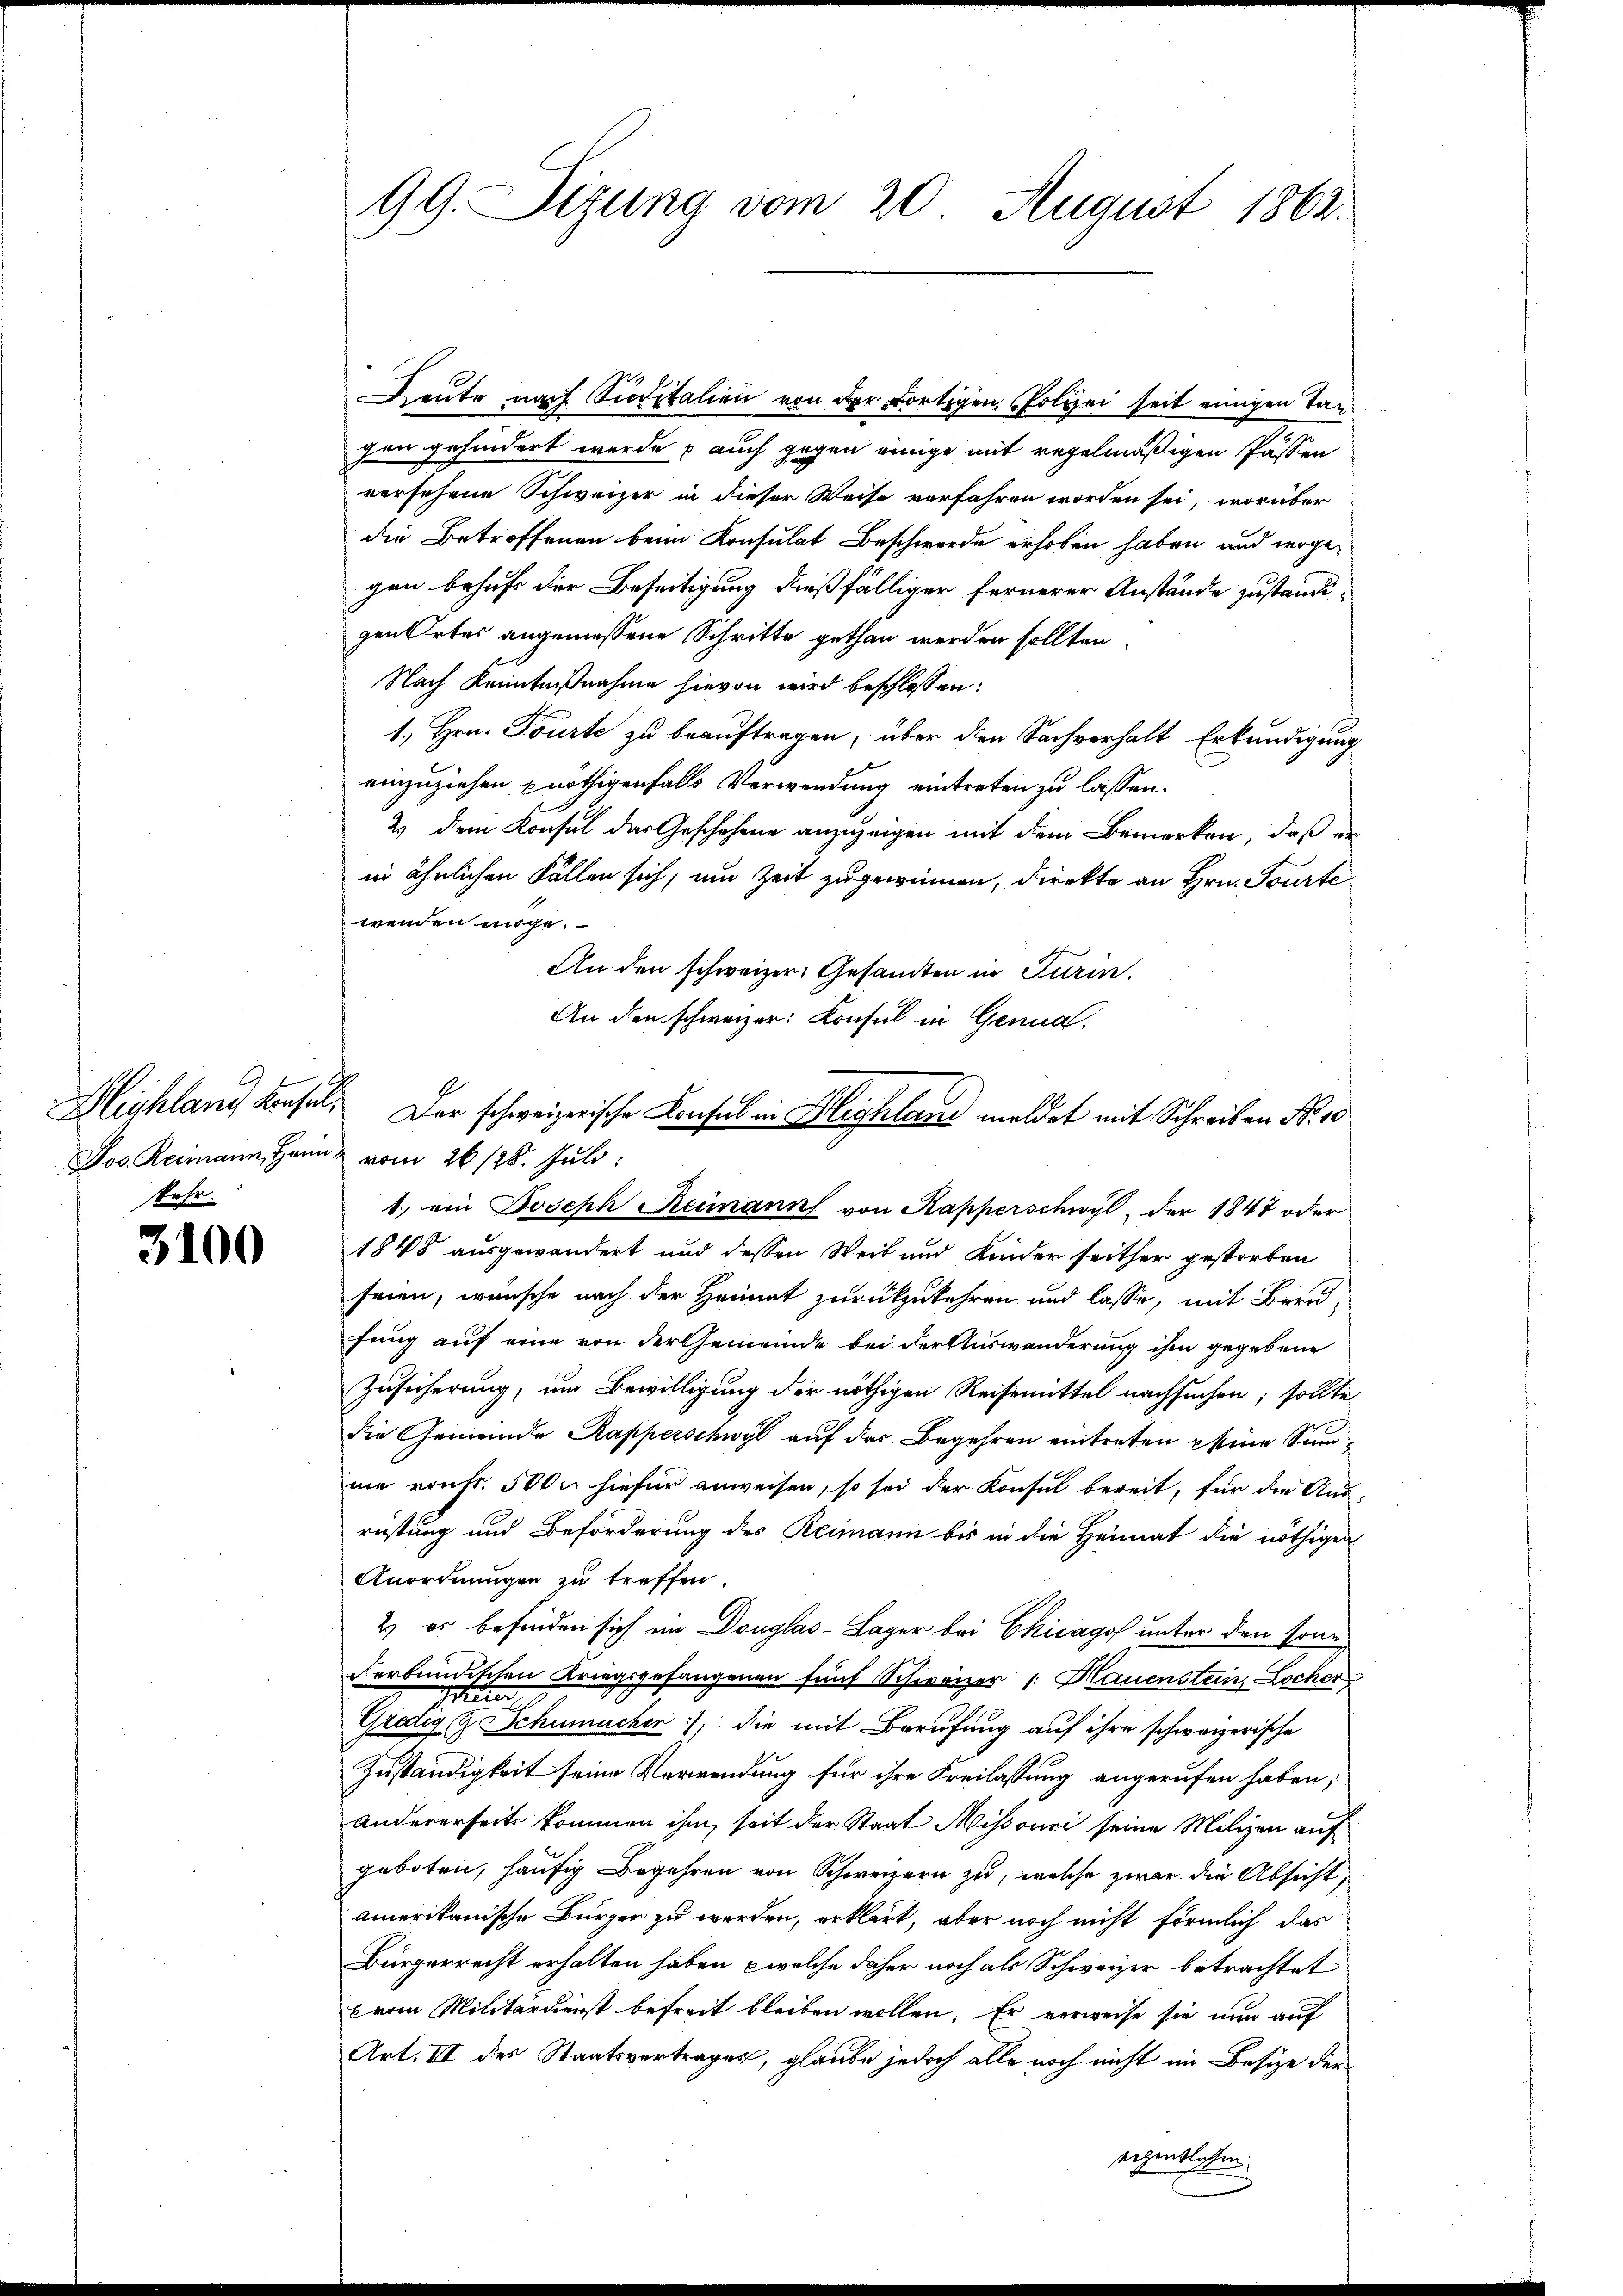
s
Highlang konsul,
Jos. Reimann, Hand vom 26/28. Juli:
skehr.

3100

99. Sizung vom 20. August 1862.

Heute nach Siditalien von der Fortigen Polizei seit einigen Tag
hen gehindert wurde auch gegen einige mit regelmäßigen Passen
versehene Schweizer in dieser Weise verfahren worden sei, worüber
die Betroffenen beim Konsulat Beschwerde erhoben haben und wogegen behufs der Beseitigung dießfälliger fernerer Anstände zuständigen Ortes angemessene Schritte gethan werden sollten.
Nach Kenntnißnahme hievon wird beschlossen:
1, Hrn. Tourte zu beauftragen, über den Sachverhalt Erkundigung
einzuziehen nöthigenfalls Verwendung eintreten zu lassen.
2) dem Konsul das Geschehene anzuzeigen mit dem Bemerken, daß er
in ähnlichen Fällen sich, um Zeit zugewinnen, direkte an Hrn. Tourte
wenden möge.
An den schweizer, Gesandten in Turin.
An den schweizer: Consul in Genua¬
1. ein Joseph Reimann von Kapperschwyl, der 1847 oder
1848 ausgewandert und dessen Weib und Kinder seither gestorben
seien, wünsche nach der Heimat zurückzukehren und lasse, mit Bern,
fung auf eine von der Gemeinde bei der Auswanderung ihm gegebene
Zusicherung, um Bewilligung der nöthigen Reisemittel nachsuchen; sollte
die Gemeinde Kapperschwyl auf der Begehren eintreten eine Sumne vonfr. 500 x hiefür anweisen, so sei der Konsul bereit, für die Aus-
rüstung und Beförderung des Reimann bis in die Heimat die nöthigen
Anordnungen zu treffen.
2) es befinden sich im Douglas- Lager bei Chicago unter den sonn
derbundischen Kriegsgefangenen fünf Schweizer 1 Hauenstein, Locher
Ettin
Gredig Schumacher), die mit Berufung auf ihre schweizerische
Zuständigkeit seine Verwendung für ihre Freilassung angerufen haben;
andererseits kommen ihm, seit der Staat Missouri seine Milizen auf
geboten, häufig Begehren von Schweizern zu, welche zwar die Absicht
amerikanische Bürger zu werden, erklärt, aber noch nicht förmlich das
Bürgerrecht erhalten haben, welche daher noch als Schweizer betrachtet
b vom Militärdienst befreit bleiben wollen. Er verweise sie nun auf
Art. III des Staatsvertrages, glaube jedoch alle noch nicht im Besize der
echentlosen

Der schweizerische Consul in Blighland meldet mit Schreiben No. 10